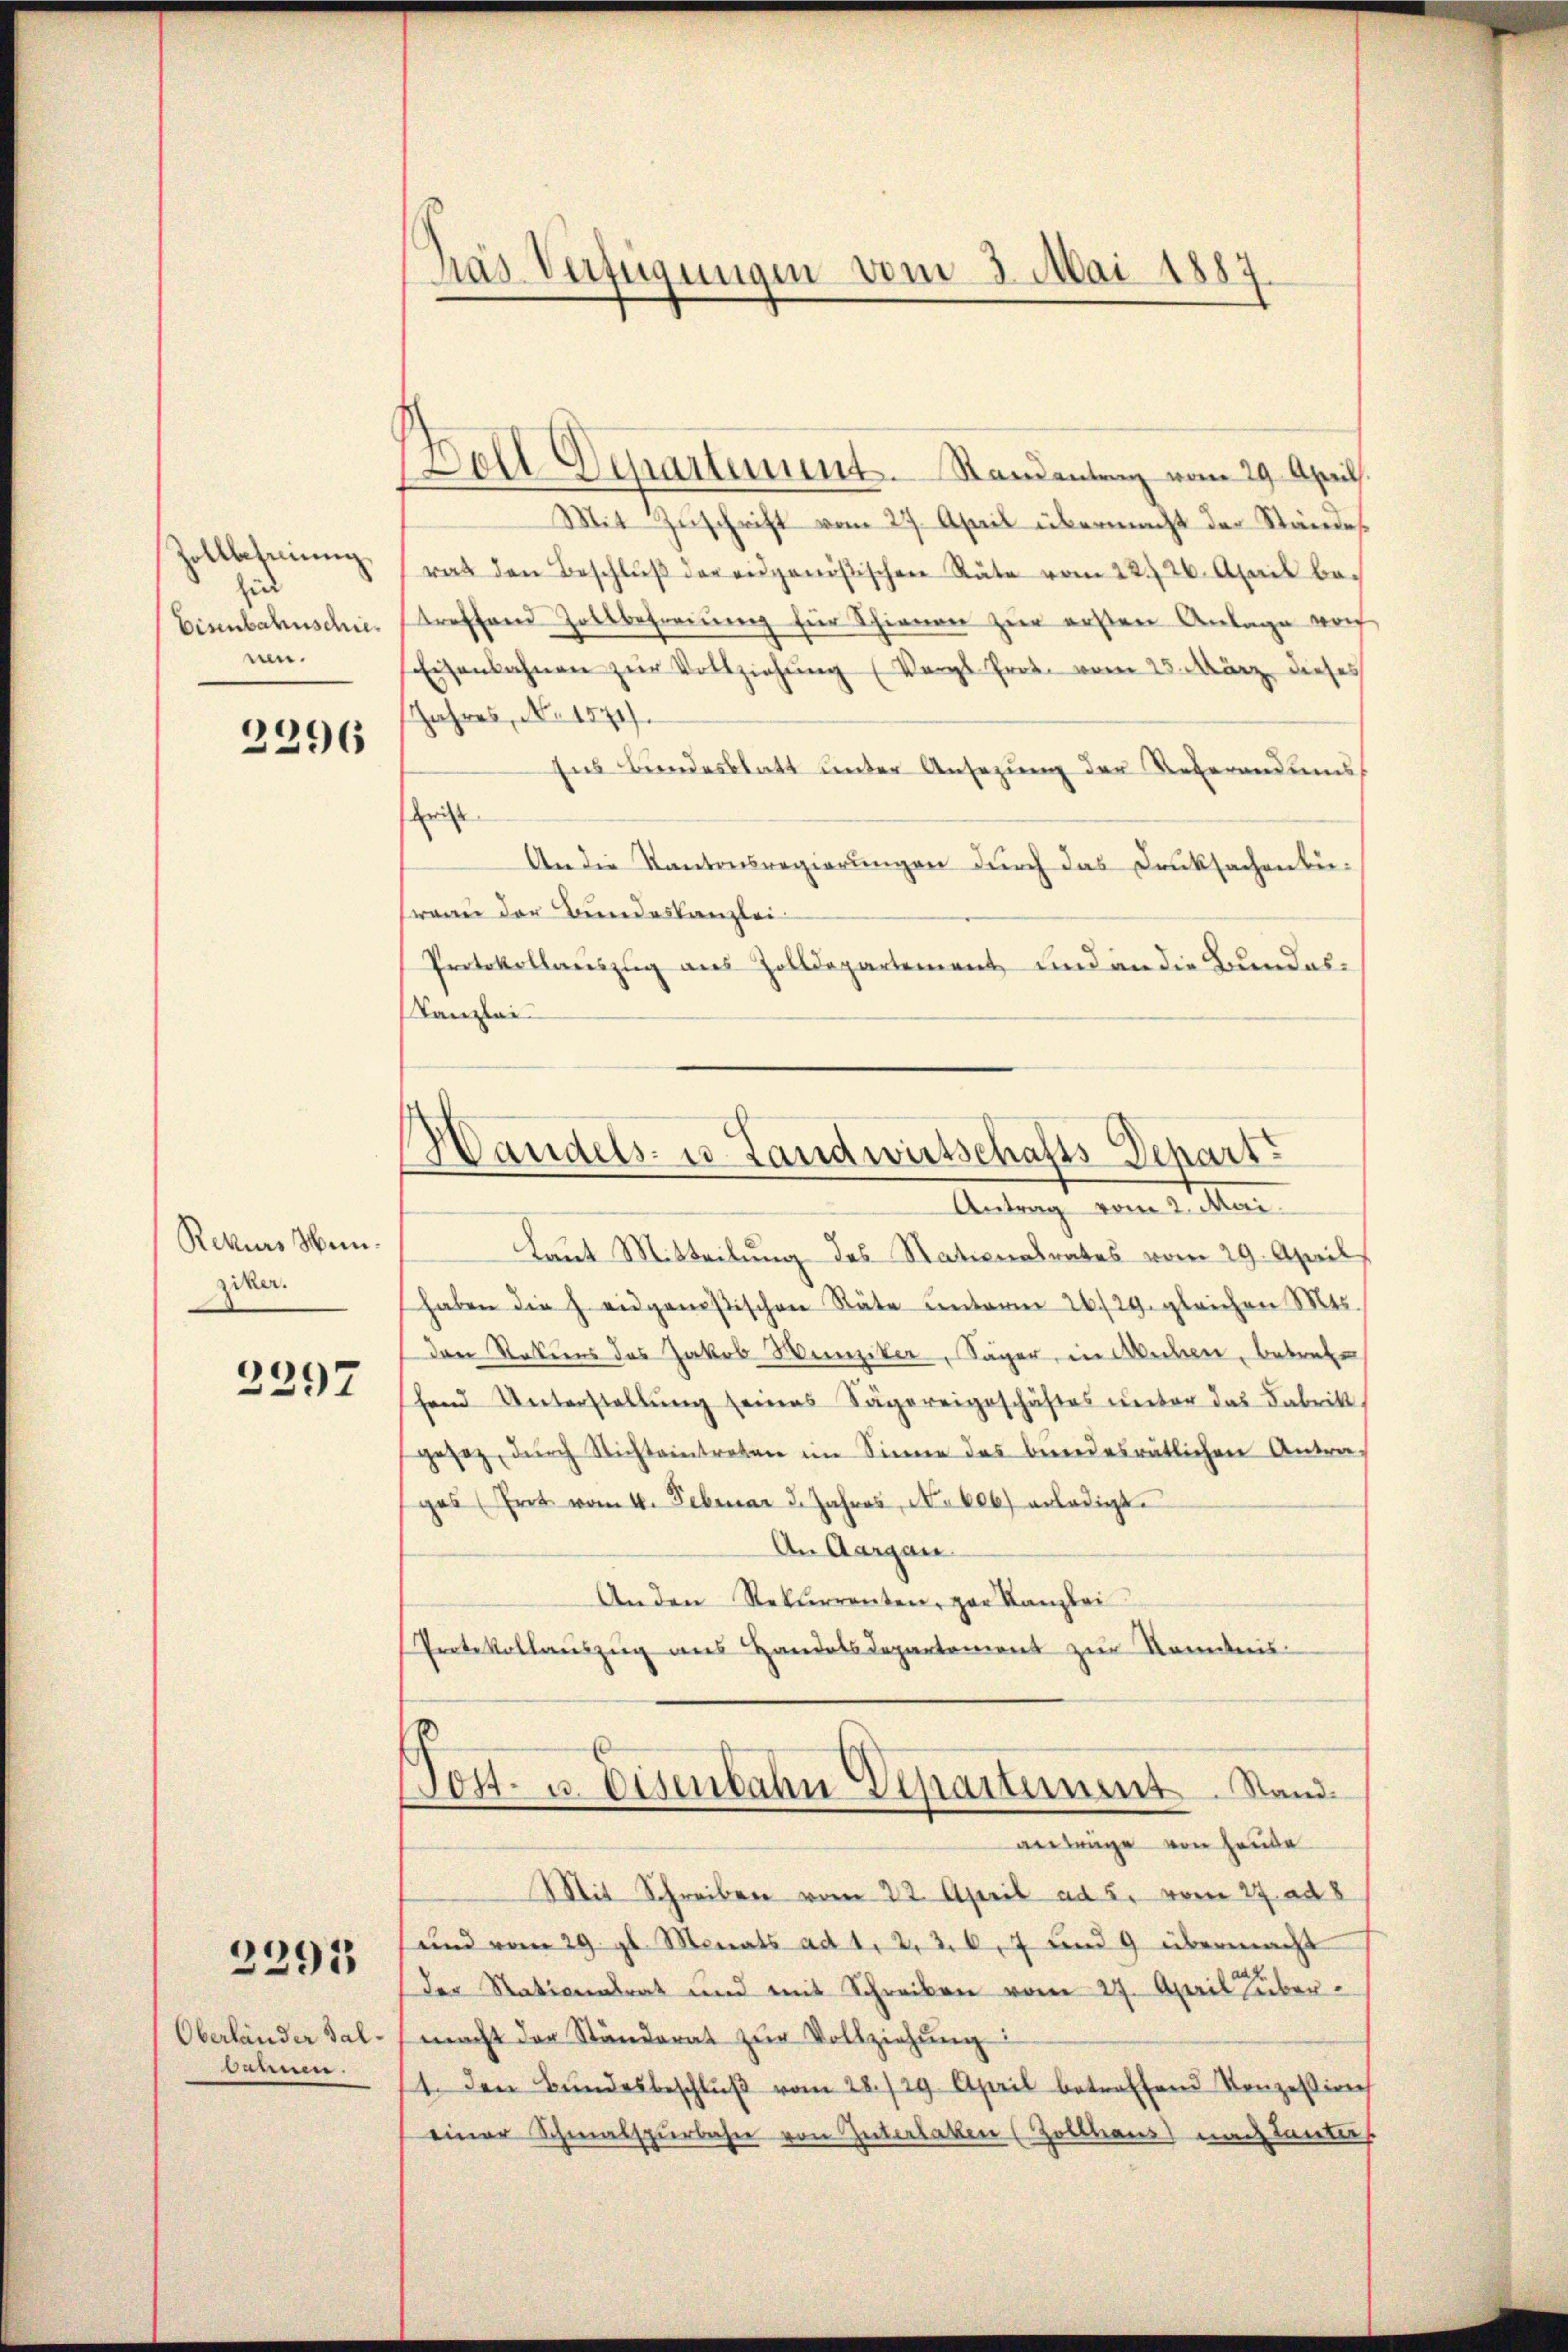
Zollbesinnung
zin
Eisenbahnschienen.

2296

Rekurs Weinziker.

2297

2391

Oberländer Salkann.

Pas Verfügungen vom 3. Mai 1887

Bell Departement. Standentrag vom 29. April.
Mit Zuschrift vom 27. April übermacht der Stände
rat den Beschlŭβ der eidgenößischen Räte vom 22. 26. April betreffend Zollbefreiung für Schienen zur ersten Anlage vor
Eisenbahnen zur Vollziehung (Vergl. Prok. vom 25. März dieses
Jahres, No. 1874.
Ins Bundesblatt unter Ansezung der Reverandums
hrist
An die Kantonsregierungen durch das Drucksachenberaan der Bundeskanzlei
Protokollauszug aus Zolldepartement und an die Bundes-
Kanzlei

Handels- u Landwirtschafts-Depart
Antrag vom 2. Mari

Laut Mitteilung des Stationalrates vom 29. April
haben die h. eidgenößischen Räte ŭnterm 26./29. gleichen Mts.
den Statiens des Jakob Hunziker, Säger, in eben, betrete
hand Unterstellŭng seines Sägereigeschäftes ŭnter das Fabrik
gesez dŭrch Nichteintreten im Sinne des bundesrätlichen Antra-
ges (Gret vom 4. Februar 3. Jahres, No 106) erledigt.
An Aargau
Anden Rekurrenten, par Kanzlei
Protokollauszug aus Handelsdepartement zur Kenntnis-
Sost- u. Eisenbahn Departement. Stand
anträge von Hause
Mit Schreiben vom 22. April ad 5. vom 27. ad 8
und vom 29. gl. Monats ad 1, 2, 307 und 9 übermacht
Der Rationalrat und mit Schreiben vom 27. April über
macht der Ständerat zŭr Vollziehŭng
1. den Bŭndesbeschlŭβ vom 28./29. April betreffend Konzession
einer Schmalspierbahn von Güterlaken (Zollhaus nach Tanters